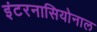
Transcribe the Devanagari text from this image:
इंटरनासियोनाल